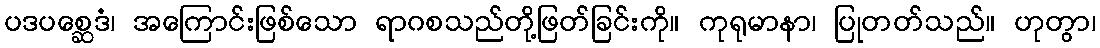
ပဒပစ္ဆေဒံ၊ အကြောင်းဖြစ်သော ရာဂစသည်တို့ဖြတ်ခြင်းကို။ ကုရုမာနာ၊ ပြုတတ်သည်။ ဟုတွာ၊